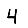
Digit: 4